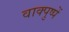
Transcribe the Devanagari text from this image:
वाक्पुष्पें